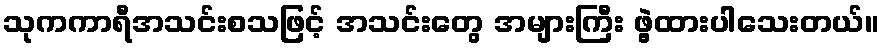
သုကကာရီအသင်းစသဖြင့် အသင်းတွေ အများကြီး ဖွဲ့ထားပါသေးတယ်။